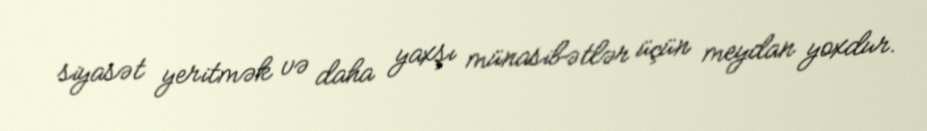
siyasət yeritmək və daha yaxşı münasibətlər üçün meydan yoxdur.